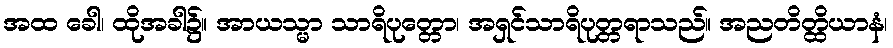
အထ ခေါ၊ ထိုအခါ၌။ အာယသ္မာ သာရိပုတ္တော၊ အရှင်သာရိပုတ္တရာသည်။ အညတိတ္ထိယာနံ၊